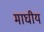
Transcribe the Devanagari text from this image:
माघीय